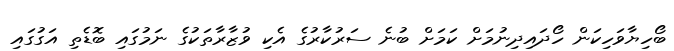
ބޯހިޔާވަހިކަން ހޯދައިދިނުމަށް ކަމަށް ބުނެ ސަރުކާރުގެ އެކި ވުޒާރާތަކުގެ ނަމުގައި ބޮޑެތި އަގުގައި